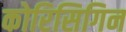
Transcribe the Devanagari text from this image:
कोरिसिगिन